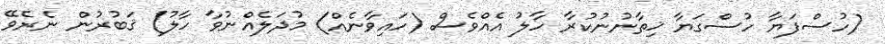
(ހުސްފަޔާ ހުސްގަޔާ ޚިތާނުނުކުރާ ހާލު އެއްވެސް (ހައިވާނެއް) މުދަލެއްނުވާ ހާލު) ޤަބުރުން ނެރެވޭ